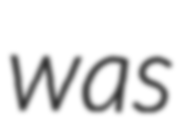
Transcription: was